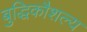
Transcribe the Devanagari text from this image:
बुद्धिकौशल्य